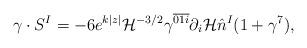
LaTeX: \begin{align*}\gamma\cdot S^I = -6e^{k|z|}{\cal H}^{-3/2}\gamma^{\overline{01i}}\partial_i{\cal H} \hat n^I(1+\gamma^7),\end{align*}